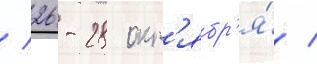
/ 26-28 окт'ябр'я́ /